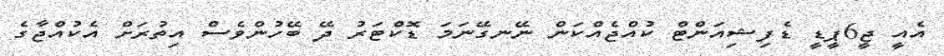
އެއީ ޖީ6ޕީޑީ ޑެފިޝިއަންޓް ކުއްޖެއްކަން ނޭނގޭނަމަ ޑޮކްޓަރު ދޭ ބޭހުންވެސް އިތުރަށް އެކުއްޖާގެ